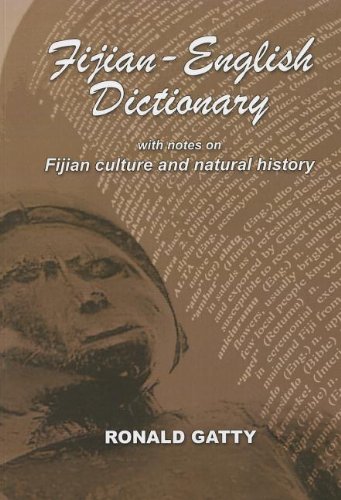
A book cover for Fijian-English Dictionary: With Notes on Fijian Culture and Natural History (English and Fiji Edition); Ronald Gatty; History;